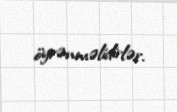
öyrənməlidirlər.